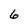
Character: 6